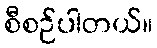
စီစဉ်ပါတယ်။